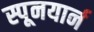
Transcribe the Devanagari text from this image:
स्पूनयार्न